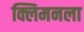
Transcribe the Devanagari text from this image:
क्लिमनला